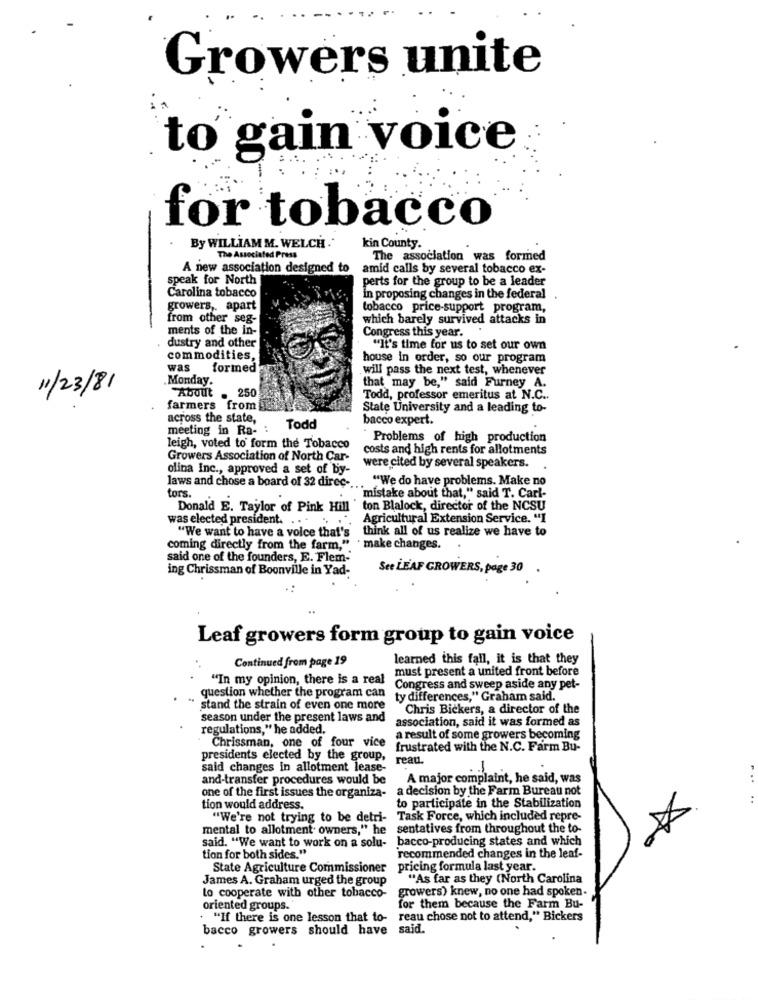
Growers unite
to gain voice
for tobaco
By WILLIAM M. WELCH.
kin County.
The Associated Press
The association was formed
A new association designed to
amid calls by several tobacco ex-
speak for North
perts for the group to be a leader
Carolina tobacco
in proposing changes in the federal
growers ,. apart
tobacco price-support program,
from other seg-
which barely survived attacks in
ments of the in-
Congress this year.
dustry and other
"It's time for us to set our own
commodities,
house in order, so our program
was
formed
will pass the next test, whenever
Monday.
11/23/81
that may be," said Furney A.
About . 250
Todd, professor emeritus at N.C.
farmers from
State University and a leading to-
across the state,
bacco expert.
meeting in Ra- :
Todd
Problems of high production
leigh, voted to form the Tobacco
costs and high rents for allotments
Growers Association of North Car-
olina Inc ., approved a set of by-
were cited by several speakers.
"We do have problems. Make no
tors.
laws and chose a board of 32 direc -.
'mistake about that," said T. Carl-
Donald E. Taylor of Pink Hill " ton Blalock, director of the NCSU
was elected president. . . . ..
Agricultural Extension Service. "I
"We want to have a voice that's think all of us realize we have to
coming directly from the farm,"
· make changes.
said one of the founders, E. Flem-
ing Chrissman of Boonville in Yad-
See LEAF GROWERS, page 30
Leaf growers form group to gain voice
learned this fall, it is that they
Continued from page 19
must present a united front before
question whether the program can
"In my opinion, there is a real Congress and sweep aside any pet-
ty differences," Graham said.
stand the strain of even one more
Chris Bickers, a director of the
season under the present laws and
association, said it was formed as
regulations," he added.
a result of some growers becoming
Chrissman, one of four vice
frustrated with the N.C. Farm Bu-
presidents elected by the group,
reau
said changes in allotment lease-
-
and-transfer procedures would be
A major complaint, he said, was
a decision by the Farm Bureau not
one of the first issues the organiza-
to participate in the Stabilization
tion would address.
"We're not trying to be detri- Task Force, which included repre-
mental to allotment owners," he sentatives from throughout the to-
bacco-producing states and which
said. "We want to work on a solu-
tion for both sides."
recommended changes in the leaf-
State Agriculture Commissioner
pricing formula last year.
James A. Graham urged the group
"As far as they (North Carolina
growers) knew, no one had spoken.
to cooperate with other tobacco-
oriented groups.
for them because the Farm Bu-
. "If there is one lesson that to- reau chose not to attend," Bickers
bacco growers should have said.